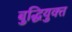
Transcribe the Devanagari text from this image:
बुद्धियुक्‍त